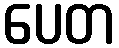
ပေတ